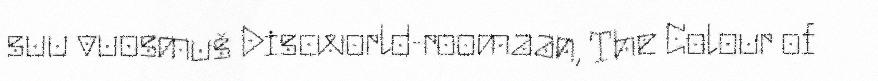
suu vuosmuš Discworld-roomaan, The Colour of